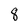
Character: 8